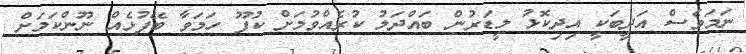
ނަމަވެސް އަދީބަކީ އިދިކޮޅު ލީޑަރުން ބައްދަލު ކުރެއްވުމަށް ކުފޫ ހަމަވާ ބޭފުޅެއް ނޫންކަމަށް